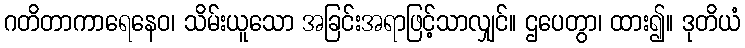
ဂတိတာကာရေနေဝ၊ သိမ်းယူသော အခြင်းအရာဖြင့်သာလျှင်။ ဌပေတွာ၊ ထား၍။ ဒုတိယံ